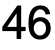
46